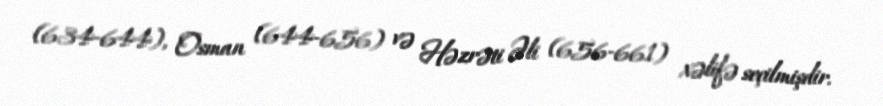
(634-644), Osman (644-656) və Həzrəti Əli (656-661) xəlifə seçilmişdir.